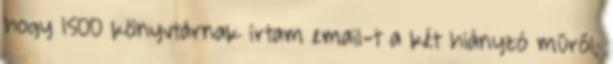
hogy 1500 könyvtárnak írtam email-t a két hiányzó műről,